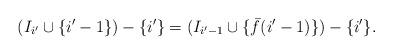
LaTeX: \begin{align*} (I_{i'} \cup \{i'-1\}) - \{i'\} = (I_{i'-1} \cup \{\bar{f}(i'-1)\}) - \{i'\}.\end{align*}